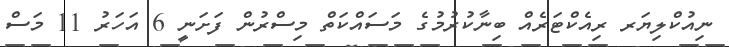
ނިއުކްލިޔަރ ރިއެކްޓަރެއް ބިނާކުރުމުގެ މަސައްކަތް މިސްރުން ފަށަނީ 6 އަހަރު 11 މަސް